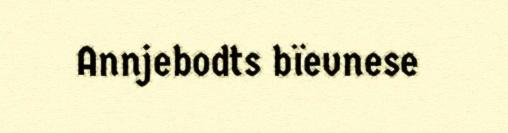
Annjebodts bïevnese